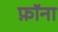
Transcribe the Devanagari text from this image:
फ़ॉना